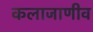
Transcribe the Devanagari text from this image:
कलाजाणीव